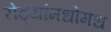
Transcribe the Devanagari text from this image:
रोट्यांमधोमध